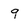
Character: 9